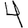
Digit: 4